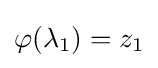
\varphi (\lambda _{1})=z_{1}